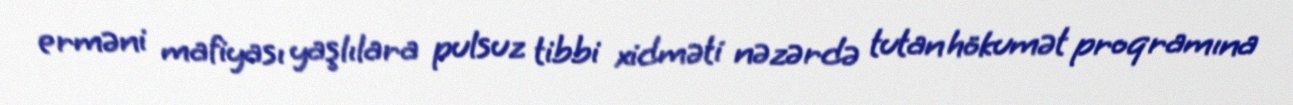
erməni mafiyası yaşlılara pulsuz tibbi xidməti nəzərdə tutan hökumət proqramına